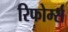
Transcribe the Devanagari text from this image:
रिफोर्म्स